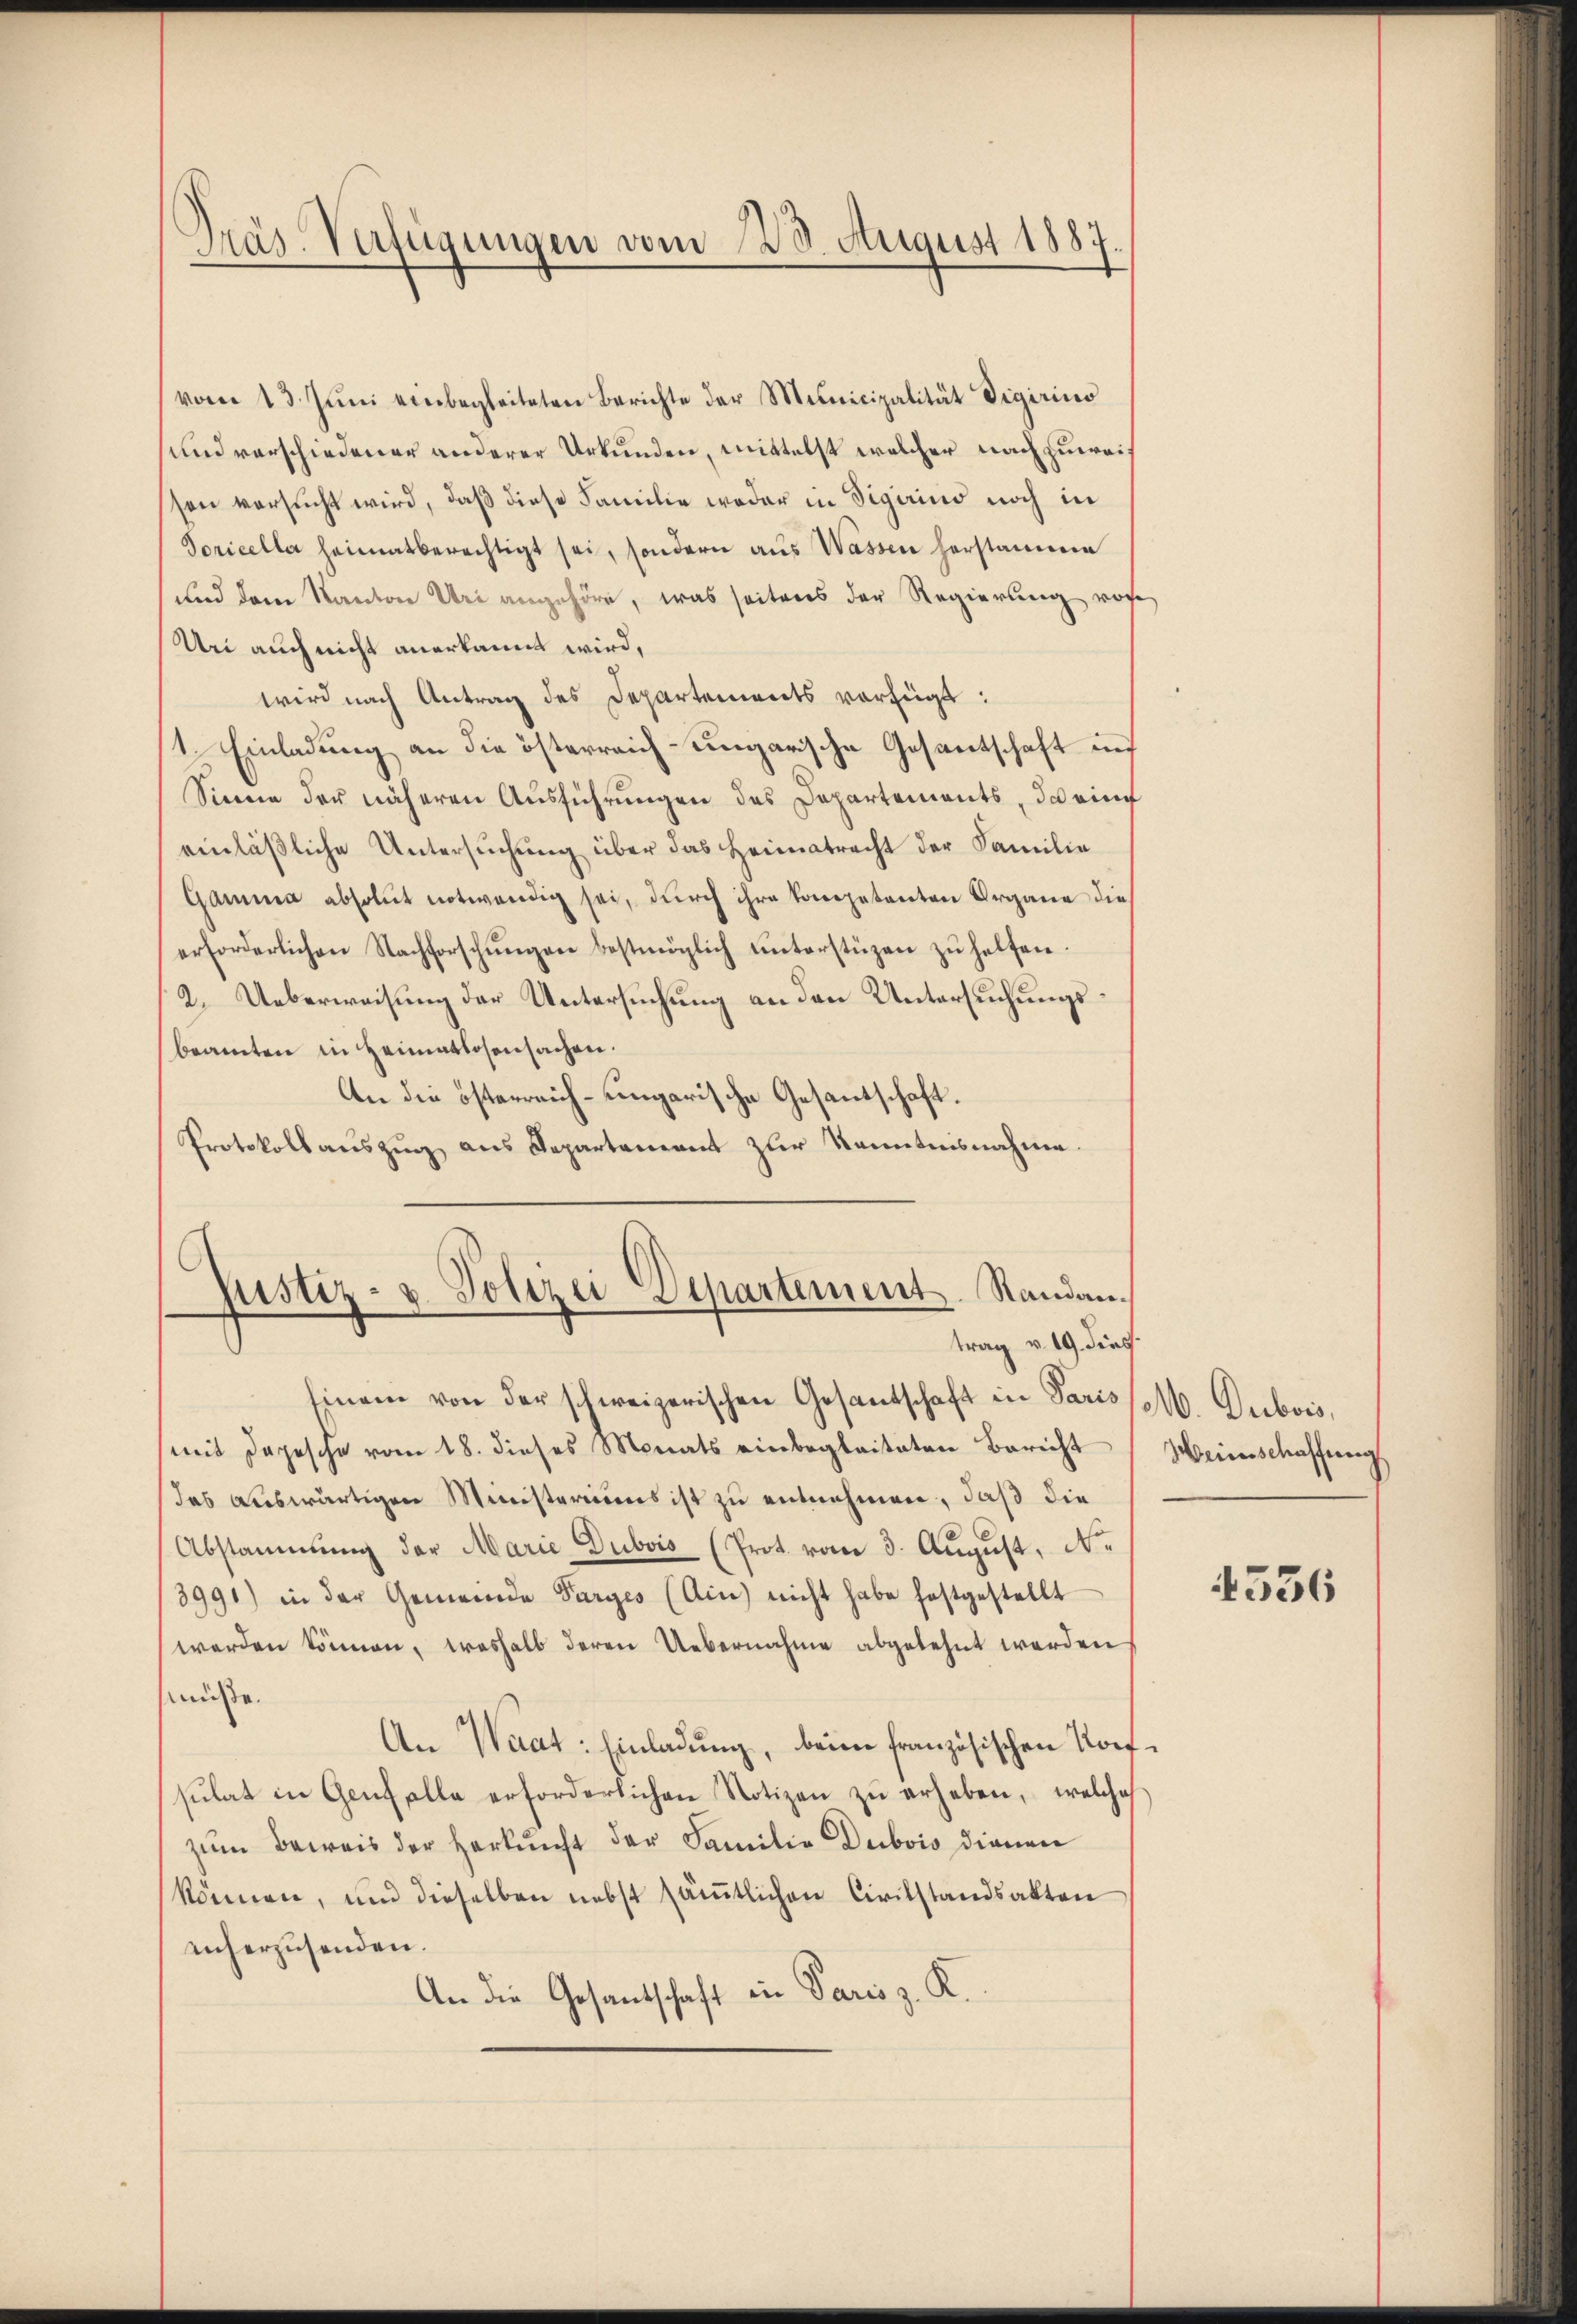
Präs. Verfügungen vom 23. August 1887

vom 13. Jŭni einbegleiteten Berichte der Municipalität digirino
und verschiedener anderer Urkunden, mittelst welcher nachzuweisen versucht wird, daß diese Familie weder in Figurino noch in
Soricella heimatberechtigt sei, sondern aus Wassen herstammen
und dem Kanton Uri angehöre, was seitens der Regierung vore
Uri auch nicht anerkannt wird,
wird nach Antrag des Departements verfügt:
1. Einladung an die österreich-ungarische Gesantschaft in
Sinne der näheren Ausführungen des Departements, da ain
einläßliche Untersuchung über das Heimatracht der Familie
Gamma absolut notwendig sei, durch ihre kompetenten Organe die
erforderlichen Nachforschŭngen bestmöglich ŭnterstüzen zŭ helfen.
2. Ueberweisung der Untersuchung an den Untersuchungsbeamten in Heimatlosensachen.
An die österreich-ungarische Gesantschaft.
Protokollauszug aus Departement zur Kenntnisnahme.

C
Justiz- u. Polizei Departement. Randantrag v. 19. Sieg

Einem von der schweizerischen Gesantschaft in Parisse. Dubois,
(mit Depesche vom 18. dieses Monats einbegleiteten Bericht
das auswärtigen Ministeriums ist zu entnehmen, daß die
Abstammung der Marie Dubois (Prot. vom 3. August, N.
3991) in der Gemeinde Parges (Ain nicht habe festgestellt
werden können, weshalb deren Uebernahme abgelehnt werden
müße.
An Waat: Einladung, beim französischen Korfsulat in Genf alle erforderlichen Notizen zŭ erheben, welches
zum Beweis der Herkunft der Familie Dubois dienen
können, und dieselben nebst sämtlichen Civilstandsakten
anherzusenden.
An die Gesandschaft in Paris z. R.

Weinschaffung

4536